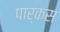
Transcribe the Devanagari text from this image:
पार्कस